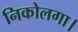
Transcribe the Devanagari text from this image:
निकोलगा।